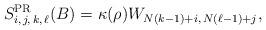
LaTeX: \begin{align*}S^{\rm PR}_{i,\,j,\,k,\,\ell}(B)=\kappa(\rho) W_{N(k-1)+i ,\,N(\ell-1)+j},\end{align*}